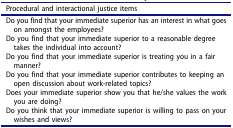
<table><thead><tr><td><b>Procedural and interactional justice items</b></td></tr></thead><tbody><tr><td>Do you find that your immediate superior has an interest in what goes on amongst the employees?</td></tr><tr><td>Do you find that your immediate superior to a reasonable degree takes the individual into account?</td></tr><tr><td>Do you find that your immediate superior is treating you in a fair manner?</td></tr><tr><td>Do you find that your immediate superior contributes to keeping an open discussion about work-related topics?</td></tr><tr><td>Does your immediate superior show you that he/she values the work you are doing?</td></tr><tr><td>Do you think that your immediate superior is willing to pass on your wishes and views?</td></tr></tbody></table>